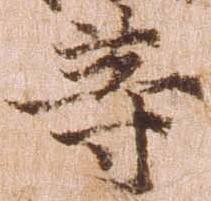
等